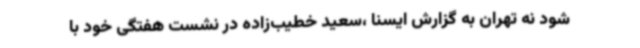
شود نه تهران به گزارش ایسنا ،سعید خطیب‌زاده در نشست هفتگی خود با